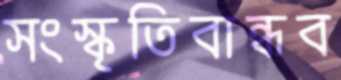
সংস্কৃতিবান্ধব